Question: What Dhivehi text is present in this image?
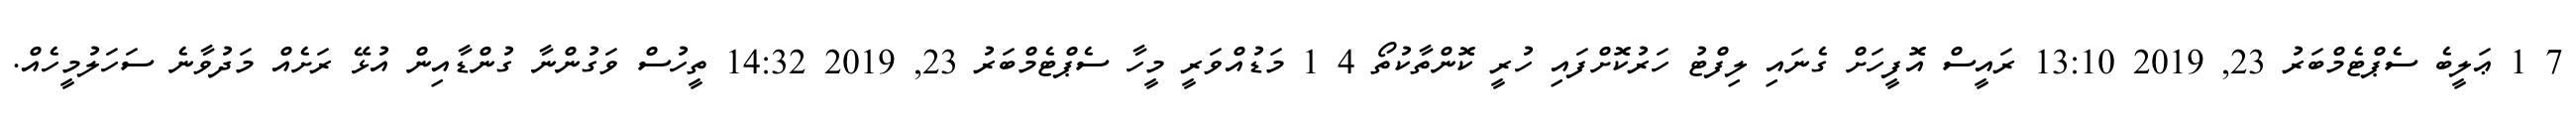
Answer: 7 1 ޢަލީބެ ސެޕްޓެމްބަރު 23, 2019 13:10 ރައީސް އޮފީހަށް ގެނައި ލިފްޓު ހަރުކޮށްފައި ހުރީ ކޮންތާކުތޯ 4 1 މަޑުއްވަރީ މީހާ ސެޕްޓެމްބަރު 23, 2019 14:32 ތީހުސް ވަގުންނާ ގުންޑާއިން އުޅޭ ރަށެއް މަދުވާނެ ސަހަލުމީހެއް.